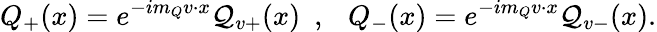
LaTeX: Q_{+}(x)=e^{-im_{Q}v\cdot x}{\cal Q}_{v+}(x)~~,~~~Q_{-}(x)=e^{-im_{Q}v\cdot x}{\cal Q}_{v-}(x).